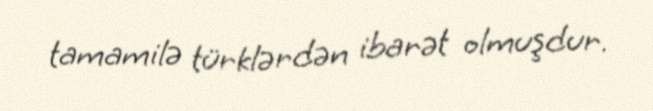
tamamilə türklərdən ibarət olmuşdur.